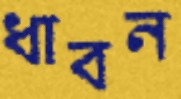
ধাবন